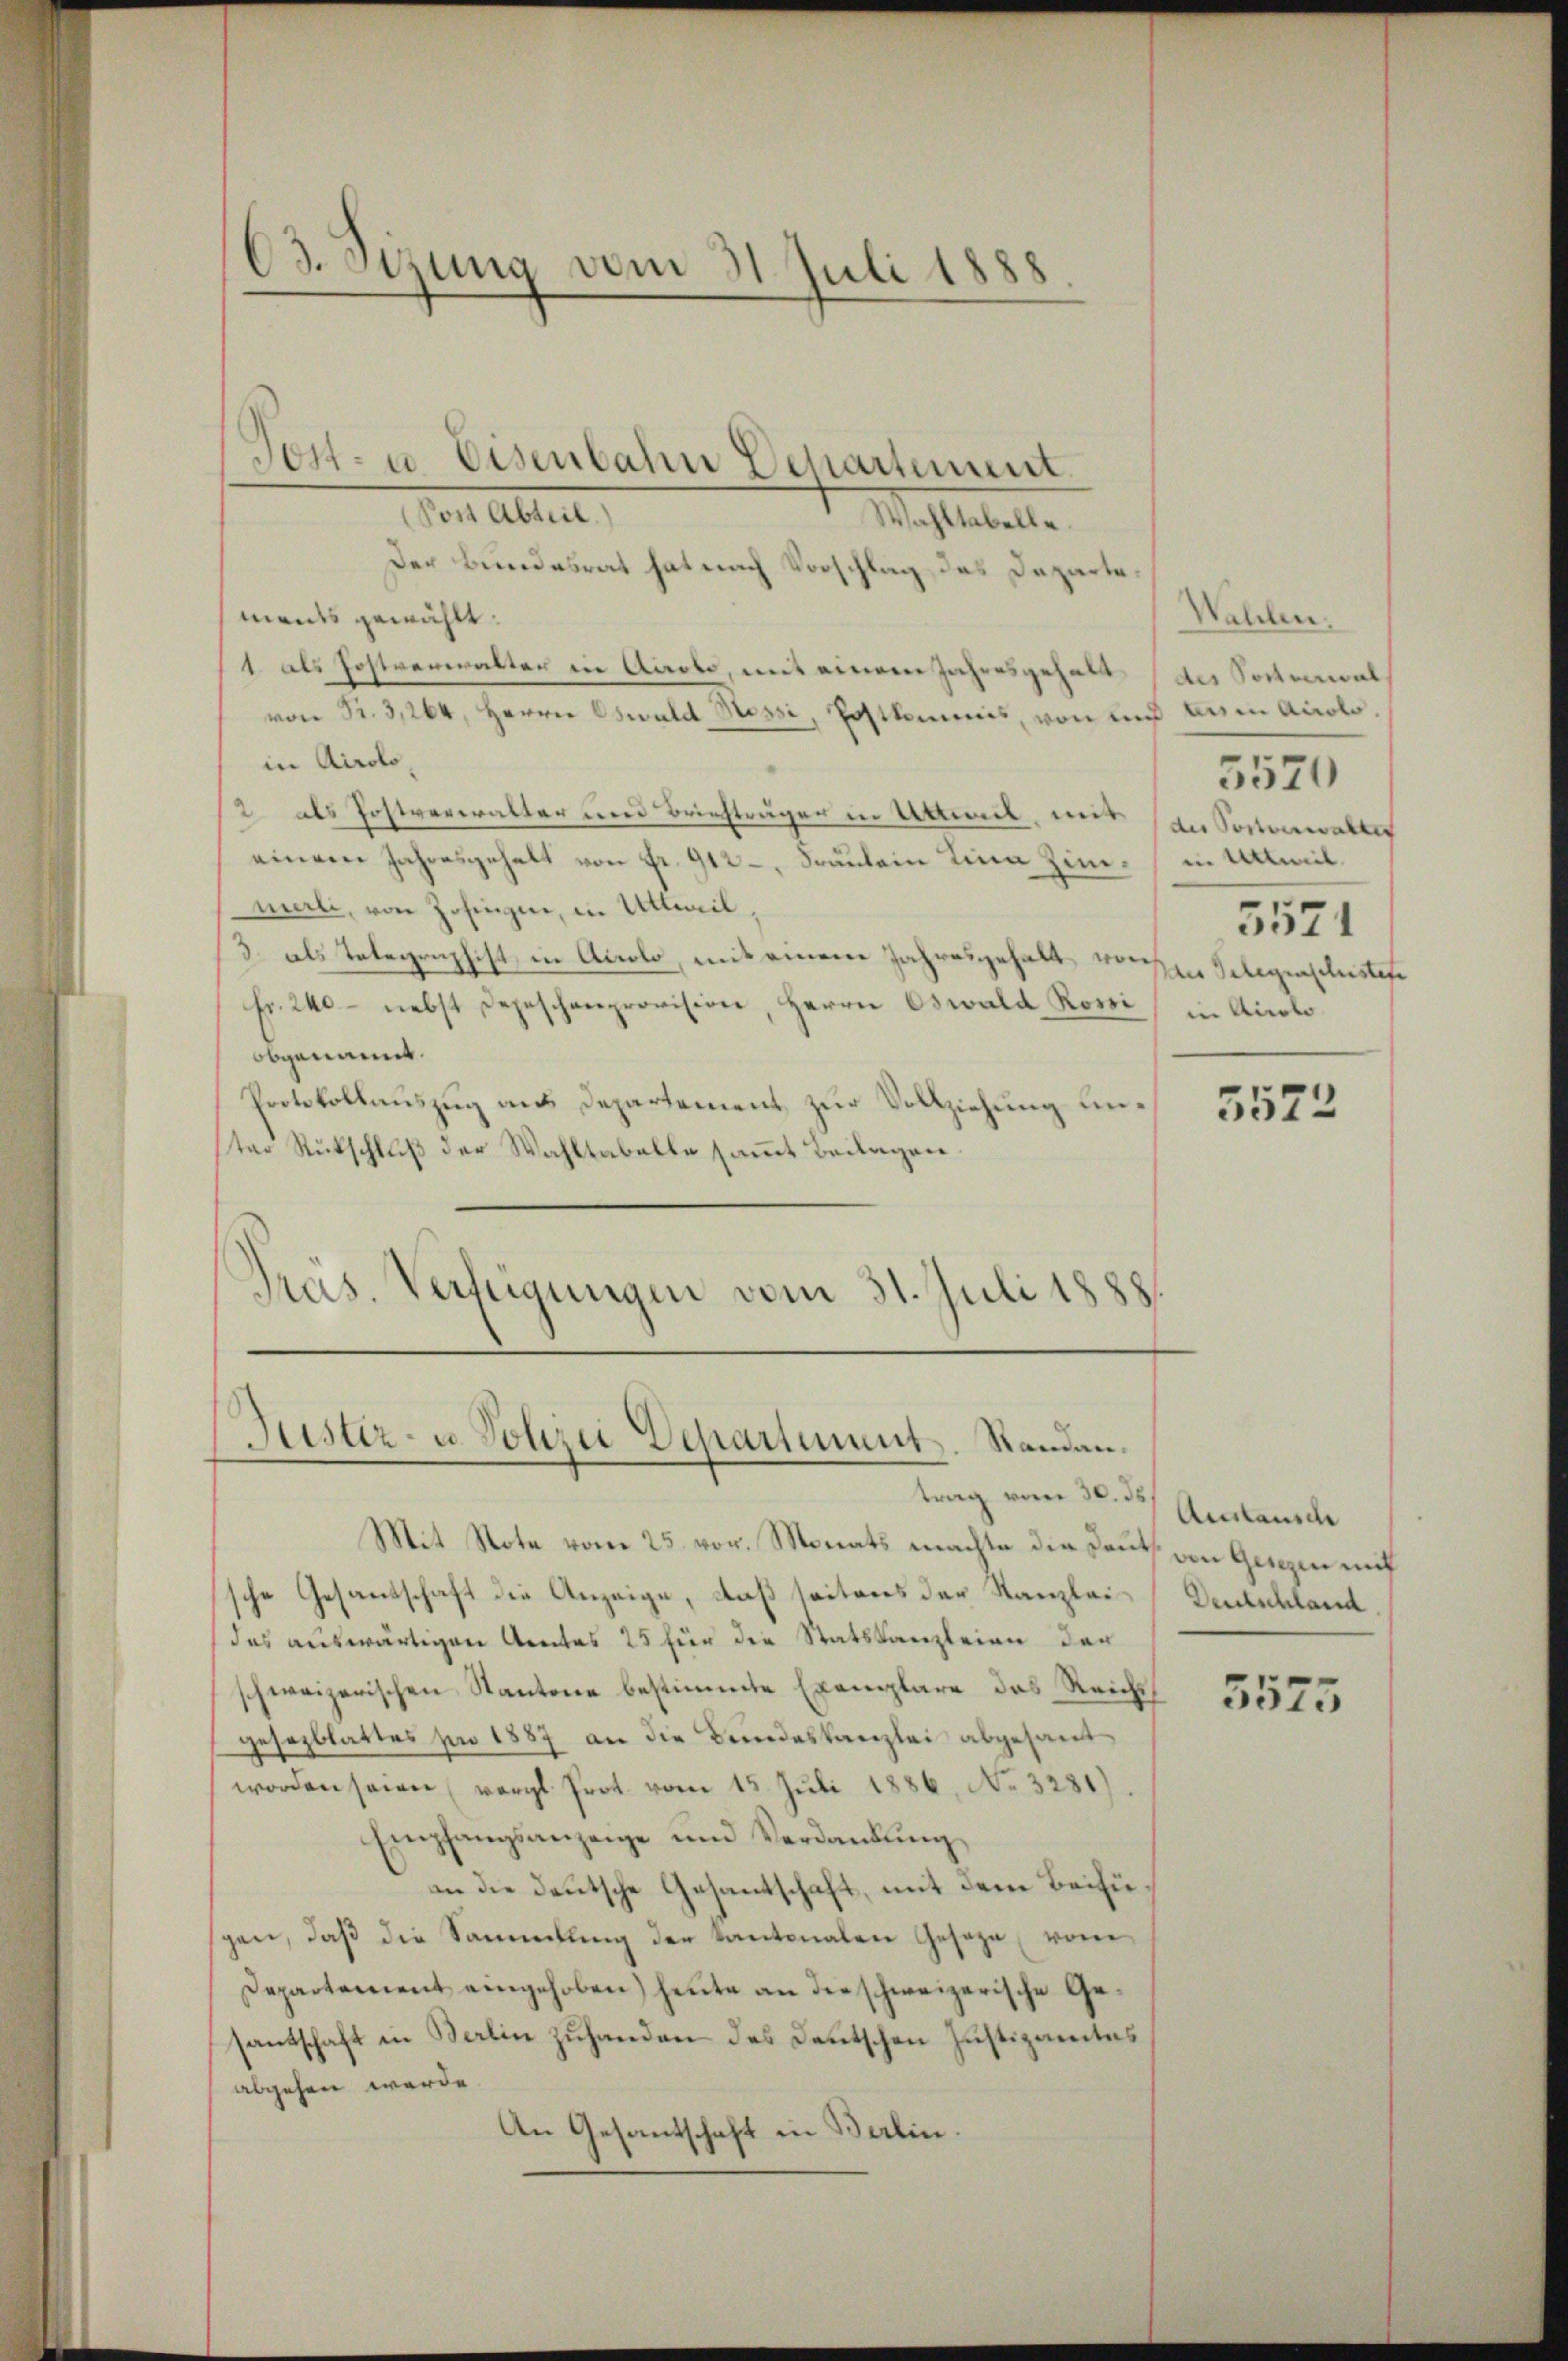
O3. Sizung vom 31. Juli 1888

Tott- u. Eisenbahn Departement.
Post Abteil.

Wahltabelle.
Der Bundesrat hat nach Vorschlag das Departements gewählt:
1. als Postverwalter in Airolo, mit einem Jahresgehalt des Sachemal
von Fr. 3, 264, Herrn Oswald Sessi, Postkommis, von und diesen Accolo.
in Airolo,
2 als Postverwalter und Briefträger in Uttweil, mit an Posterwalte
einem Jahresgehalt von Fr. 912 - Fräulein Lina Zim. in Anweil.
merli, von Zofingen, in Uttweil,
3. als Telegraphist, in Airolo, mit einem Jahresgehalt von
Fr. 240 nebst Depeschenprovision, Herrn Oswald Rossi in Airolo
obgenannt.
Protokollauszug aus Departement zur Vollziehung unter Rückschluß der Wahltabelle sammt Beilagen.
Präs. Verfügungen vom 31. Juli 1888

Justiz- u. Polizei Departement. Standan¬

Mit Note vom 25. vor. Monats machte die Deuts von Gesezen mit
sche Gesandschaft die Anzeige, daß seitens der Kanzlei¬
(des auswärtigen Amtes 25 für die Statskanzleien der
schweizerischen Kantone bestimmte Exemplare das Reichs
gesezblattes für 1887 an die Bundeskanzlei abgesandworden seien (vergl. Prot. vom 15. Juli 1886, No. 3281)
Empfangsanzeige und Verdankŭng
an die deutsche Gesantschaft, mit dem Beifügen, daß die Sammlung der Kantonalen Geseze vom
Departement eingehoben) heute an die schweizerische Gesantschaft in Berlin zuhanden das Deutschen Justizamtes
abgehen werde.
An Gesantschaft in Berlin.

Wallen.
5571
des Gelegenschristete

trag vom 30. 35 Austausch

5570

5572

Deutschland.

5575